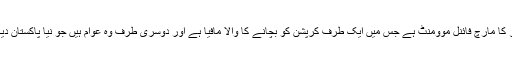
انہوں نے کہا کہ 30اکتوبر کا مارچ فائنل موومنٹ ہے جس میں ایک طرف کرپشن کو بچانے کا والا مافیا ہے اور دوسری طرف وہ عوام ہیں جو نیا پاکستان دیکھنے کے خواہش مند ہیں۔